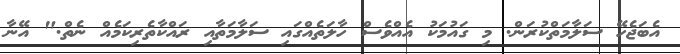
އެބަޖެހޭ ސަލާމަތްކުރަން. މި ގައުމަކު އެއްވެސް ހާލަތެއްގައި ސަލާމަތާއި ރައްކާތެރިކަމެއް ނެތް." އޭނާ